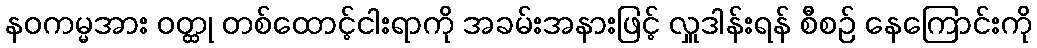
နဝကမ္မအား ဝတ္ထု တစ်ထောင့်ငါးရာကို အခမ်းအနားဖြင့် လှူဒါန်းရန် စီစဉ် နေကြောင်းကို